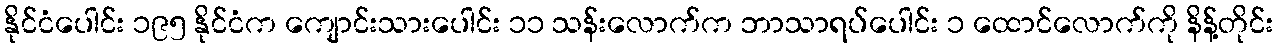
နိုင်ငံပေါင်း ၁၉၅ နိုင်ငံက ကျောင်းသားပေါင်း ၁၁ သန်းလောက်က ဘာသာရပ်ပေါင်း ၁ ထောင်လောက်ကို နိန့်တိုင်း